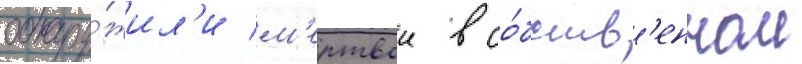
обнару́жил'и м'ертвои в со́бств'енном